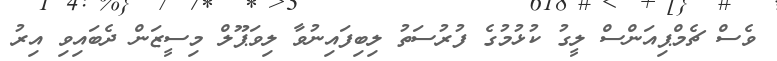
ވެސް ޗެމްޕިއަންސް ލީގު ކުޅުމުގެ ފުރުސަތު ލިބިފައިނުވާ ލިވަޕޫލް މިސީޒަން ދެބައިވި އިރު